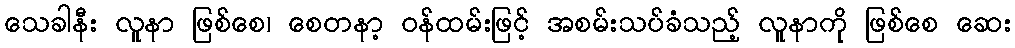
သေခါနီး လူနာ ဖြစ်စေ၊ စေတနာ့ ဝန်ထမ်းဖြင့် အစမ်းသပ်ခံသည့် လူနာကို ဖြစ်စေ ဆေး